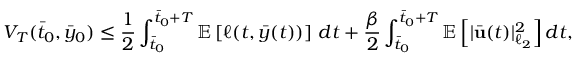
V _ { T } ( \bar { t } _ { 0 } , \bar { y } _ { 0 } ) \leq \frac { 1 } { 2 } \int _ { \bar { t } _ { 0 } } ^ { \bar { t } _ { 0 } + T } \mathbb { E } \left[ \ell ( t , \bar { y } ( t ) ) \right] \, d t + \frac { \beta } { 2 } \int _ { \bar { t } _ { 0 } } ^ { \bar { t } _ { 0 } + T } \mathbb { E } \left[ | \bar { \mathbf { u } } ( t ) | _ { \ell _ { 2 } } ^ { 2 } \right] d t ,